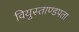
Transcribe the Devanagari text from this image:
वियुस्ताण्डपता